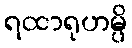
ရထာရုဟမ္ပိ